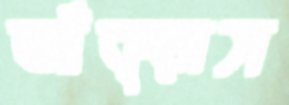
আঁক্‌ড়াস